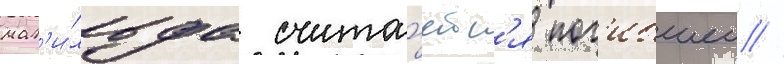
мат'и́льда счита́етс'я пог'ибшеи //